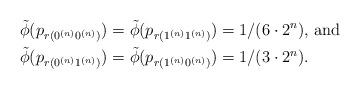
LaTeX: \begin{align*}\tilde{\phi} (p_{r(0^{(n)} 0^{(n)})}) & = \tilde{\phi} (p_{r(1^{(n)} 1^{(n)})}) = 1/ (6 \cdot 2^{n}) \hbox{, and } \\\tilde{\phi} (p_{r(0^{(n)} 1^{(n)})}) & = \tilde{\phi} (p_{r(1^{(n)} 0^{(n)})}) = 1/ (3 \cdot 2^{n}).\end{align*}